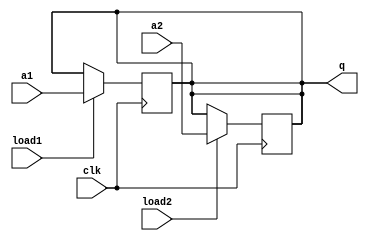
module multiple (q, clk, load1, load2, a1, a2);

output q;
reg q;
input clk, load1, load2, a1, a2;

always @(posedge clk)
	if(load1) q <= a1;
always @(posedge clk)
	if(load2) q <= a2;

endmodule